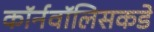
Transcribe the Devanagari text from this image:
कॉर्नवॉलिसकडे